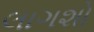
લાગશો